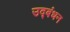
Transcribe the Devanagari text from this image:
उद्‍बंधन